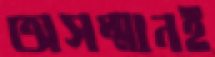
অসম্মানই